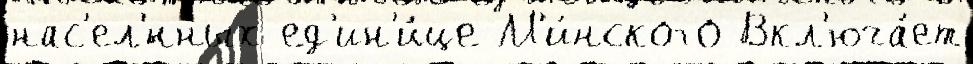
нас'ел'́нных ед'ин'и́це М'и́нского Вкл'юча́ет